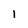
Character: 1